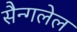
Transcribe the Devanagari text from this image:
सैन्गलेल